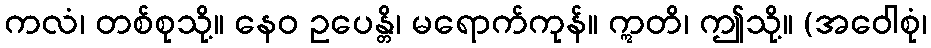
ကလံ၊ တစ်စုသို့။ နေဝ ဥပေန္တိ၊ မရောက်ကုန်။ ဣတိ၊ ဤသို့။ (အဝေါစုံ၊